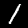
Digit: 1